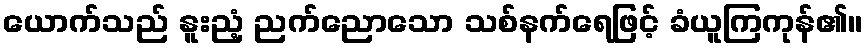
ယောက်သည် နူးညံ့ ညက်ညောသော သစ်နက်ရေဖြင့် ခံယူကြကုန်၏။